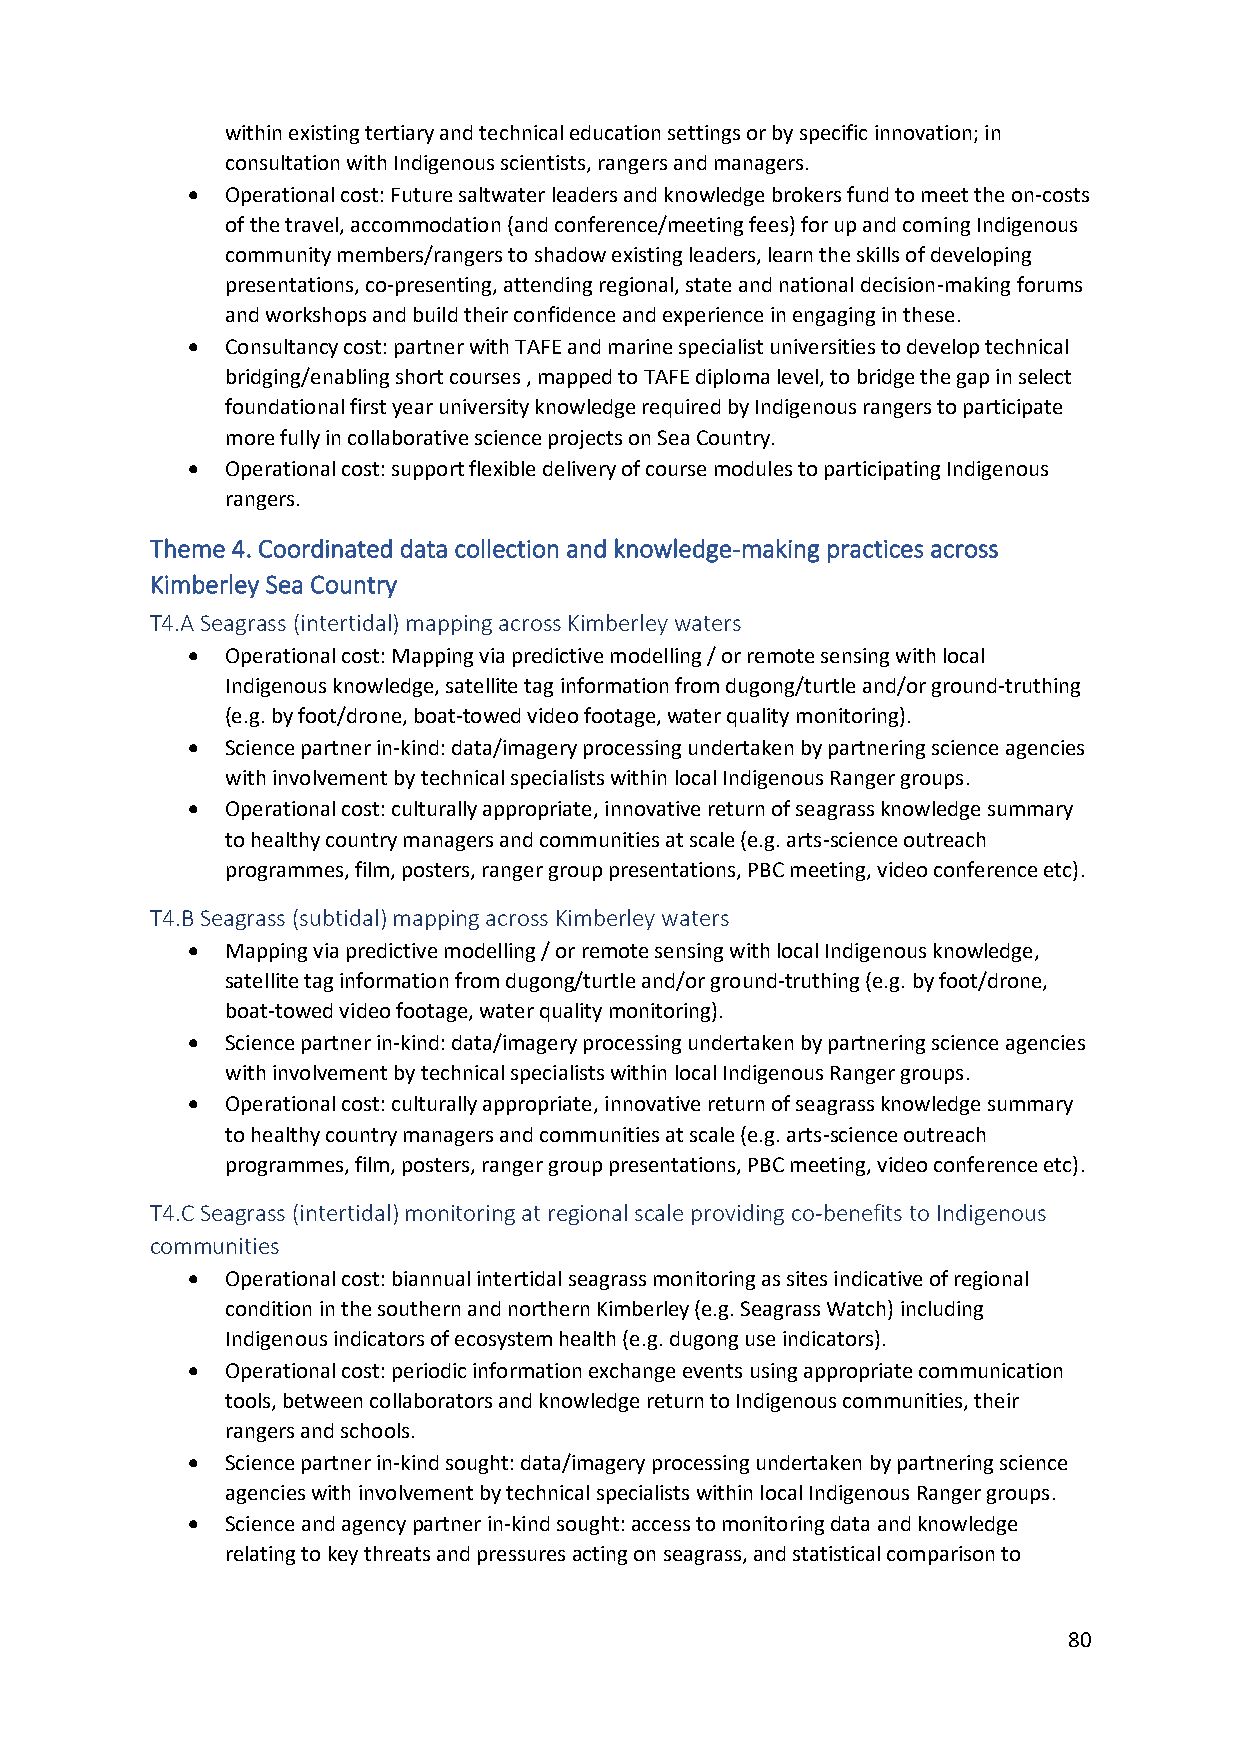
within existing tertiary and technical education settings or by specific innovation; in
 consultation with Indigenous scientists, rangers and managers.
 •  Operational cost: Future saltwater leaders and knowledge brokers fund to meet the on-costs
 of the travel, accommodation (and conference/meeting fees) for up and coming Indigenous
 community members/rangers to shadow existing leaders, learn the skills of developing
 presentations, co-presenting, attending regional, state and national decision-making forums
 and workshops and build their confidence and experience in engaging in these.
 •  Consultancy cost: partner with TAFE and marine specialist universities to develop technical
 bridging/enabling short courses , mapped to TAFE diploma level, to bridge the gap in select
 foundational first year university knowledge required by Indigenous rangers to participate
 more fully in collaborative science projects on Sea Country.
 •  Operational cost: support flexible delivery of course modules to participating Indigenous
 rangers.
 Theme 4. Coordinated data collection and knowledge-making practices across
 Kimberley Sea Country
 T4.A Seagrass (intertidal) mapping across Kimberley waters
 •  Operational cost: Mapping via predictive modelling / or remote sensing with local
 Indigenous knowledge, satellite tag information from dugong/turtle and/or ground-truthing
 (e.g. by foot/drone, boat-towed video footage, water quality monitoring).
 •  Science partner in-kind: data/imagery processing undertaken by partnering science agencies
 with involvement by technical specialists within local Indigenous Ranger groups.
 •  Operational cost: culturally appropriate, innovative return of seagrass knowledge summary
 to healthy country managers and communities at scale (e.g. arts-science outreach
 programmes, film, posters, ranger group presentations, PBC meeting, video conference etc).
 T4.B Seagrass (subtidal) mapping across Kimberley waters
 •  Mapping via predictive modelling / or remote sensing with local Indigenous knowledge,
 satellite tag information from dugong/turtle and/or ground-truthing (e.g. by foot/drone,
 boat-towed video footage, water quality monitoring).
 •  Science partner in-kind: data/imagery processing undertaken by partnering science agencies
 with involvement by technical specialists within local Indigenous Ranger groups.
 •  Operational cost: culturally appropriate, innovative return of seagrass knowledge summary
 to healthy country managers and communities at scale (e.g. arts-science outreach
 programmes, film, posters, ranger group presentations, PBC meeting, video conference etc).
 T4.C Seagrass (intertidal) monitoring at regional scale providing co-benefits to Indigenous
 communities
 •  Operational cost: biannual intertidal seagrass monitoring as sites indicative of regional
 condition in the southern and northern Kimberley (e.g. Seagrass Watch) including
 Indigenous indicators of ecosystem health (e.g. dugong use indicators).
 •  Operational cost: periodic information exchange events using appropriate communication
 tools, between collaborators and knowledge return to Indigenous communities, their
 rangers and schools.
 •  Science partner in-kind sought: data/imagery processing undertaken by partnering science
 agencies with involvement by technical specialists within local Indigenous Ranger groups.
 •  Science and agency partner in-kind sought: access to monitoring data and knowledge
 relating to key threats and pressures acting on seagrass, and statistical comparison to
 80